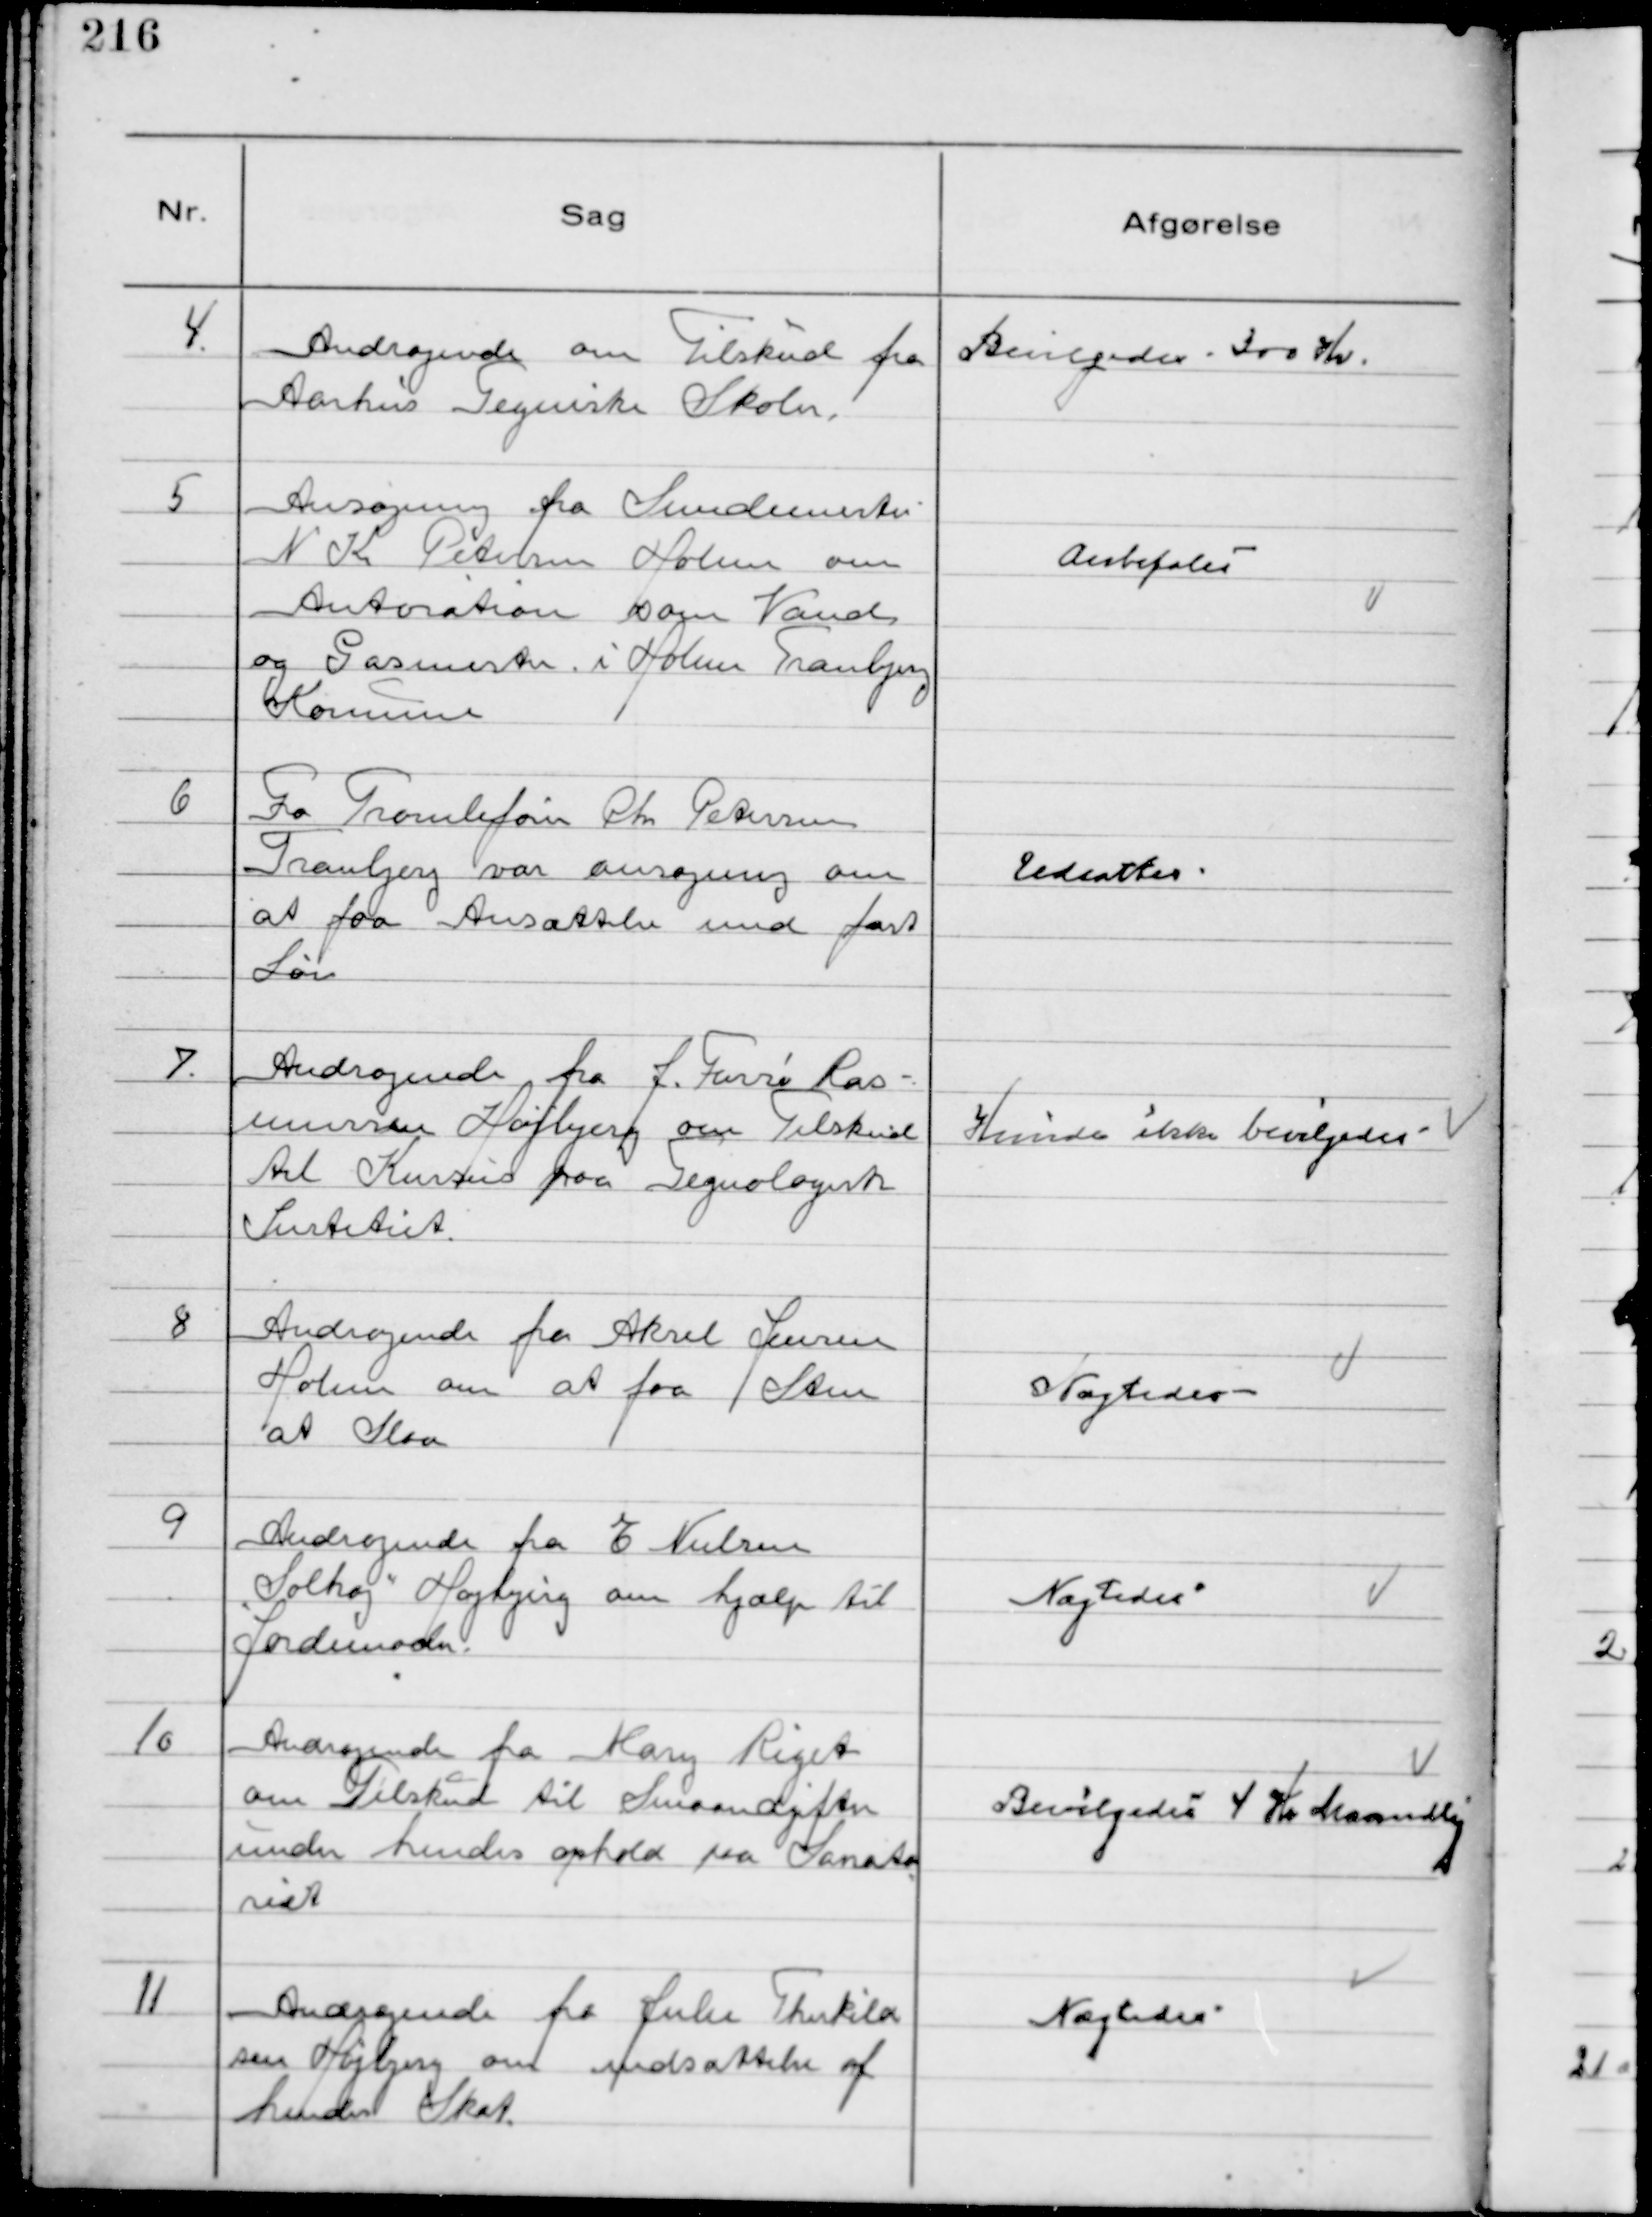
Transskription:
4.
Andragende om Tilskud fra
Aarhus Tegniske Skole.

Bevilgedes 300 Kr.

5
Ansøgning fra Smedemester
N K Petersen Holme om
Autorition som Vand
og Gasmester i Holme Tranbjerg
Kommune

Anbefales

6
Fra Tromlefører Chr Petersen
Tranbjerg var ansøgning om
at faa Ansættelse med fast
Løn

Udsattes

7.
Andragende fra J. Farsø Ras-
mussen Højbjerg om Tilskud 
til Kursus paa Tegnologisk
Institut.

Kunde ikke bevilgedes

8
Andragende fra Aksel Jensen
Holme om at faa Sten
at Slaa

Nægtedes

9
Andragende fra E Nielsen
"Solhøj" Højbjerg om hjælp til
Jordemoder.

Nægtedes

10
Andragende fra Mary Riget
om Tilskud til Smaaudgifter
under hendes ophold paa Sanato
riet

Bevilgedes 4 Kr Maanedlig

11
Andragende fra Julie Therkild
sen Højbjerg om udsættelse af
hendes Skat.

Nægtedes